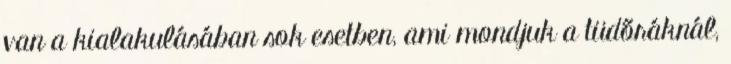
van a kialakulásában sok esetben, ami mondjuk a tüdőráknál,